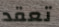
تعقد